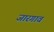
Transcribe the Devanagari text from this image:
जारगाव